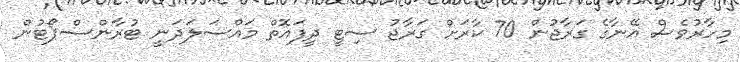
މިހާރުވެސް އޭނާގެ ގަރާޖުން 70 ކާރަށް ގަރާޖު ސިޓީ ދީފައޮތް މައްސަލަދަނީ ޓުރާންސްޕޯޓުން